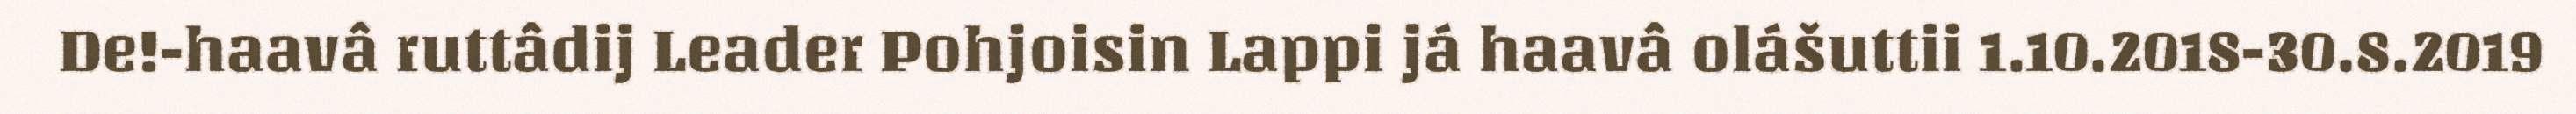
De!-haavâ ruttâdij Leader Pohjoisin Lappi já haavâ olášuttii 1.10.2018-30.8.2019